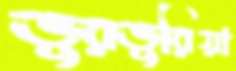
ভুরভুরিয়া